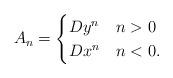
LaTeX: \begin{align*}A_n=\begin{cases}Dy^n & n>0 \\Dx^n & n<0.\end{cases}\end{align*}